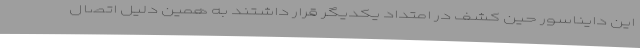
این دایناسور حین کشف در امتداد یکدیگر قرار داشتند به همین دلیل اتصال